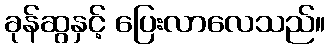
ခုန်ဆွနှင့် ပြေးလာလေသည်။